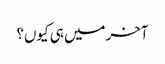
آخر میں ہی کیوں؟